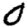
Digit: 0